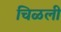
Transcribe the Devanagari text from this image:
चिळली